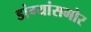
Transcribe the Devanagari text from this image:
डांग्यांसमोर